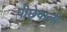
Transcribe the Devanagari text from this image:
पीछेवाली